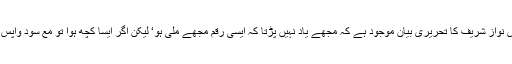
ایف آئی اے کے پاس نواز شریف کا تحریری بیان موجود ہے کہ مجھے یاد نہیں پڑتا کہ ایسی رقم مجھے ملی ہو‘ لیکن اگر ایسا کچھ ہوا تو مع سود واپس کرنے کو تیار ہوں۔